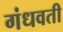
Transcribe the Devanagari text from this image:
गंधवती